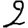
Digit: 2